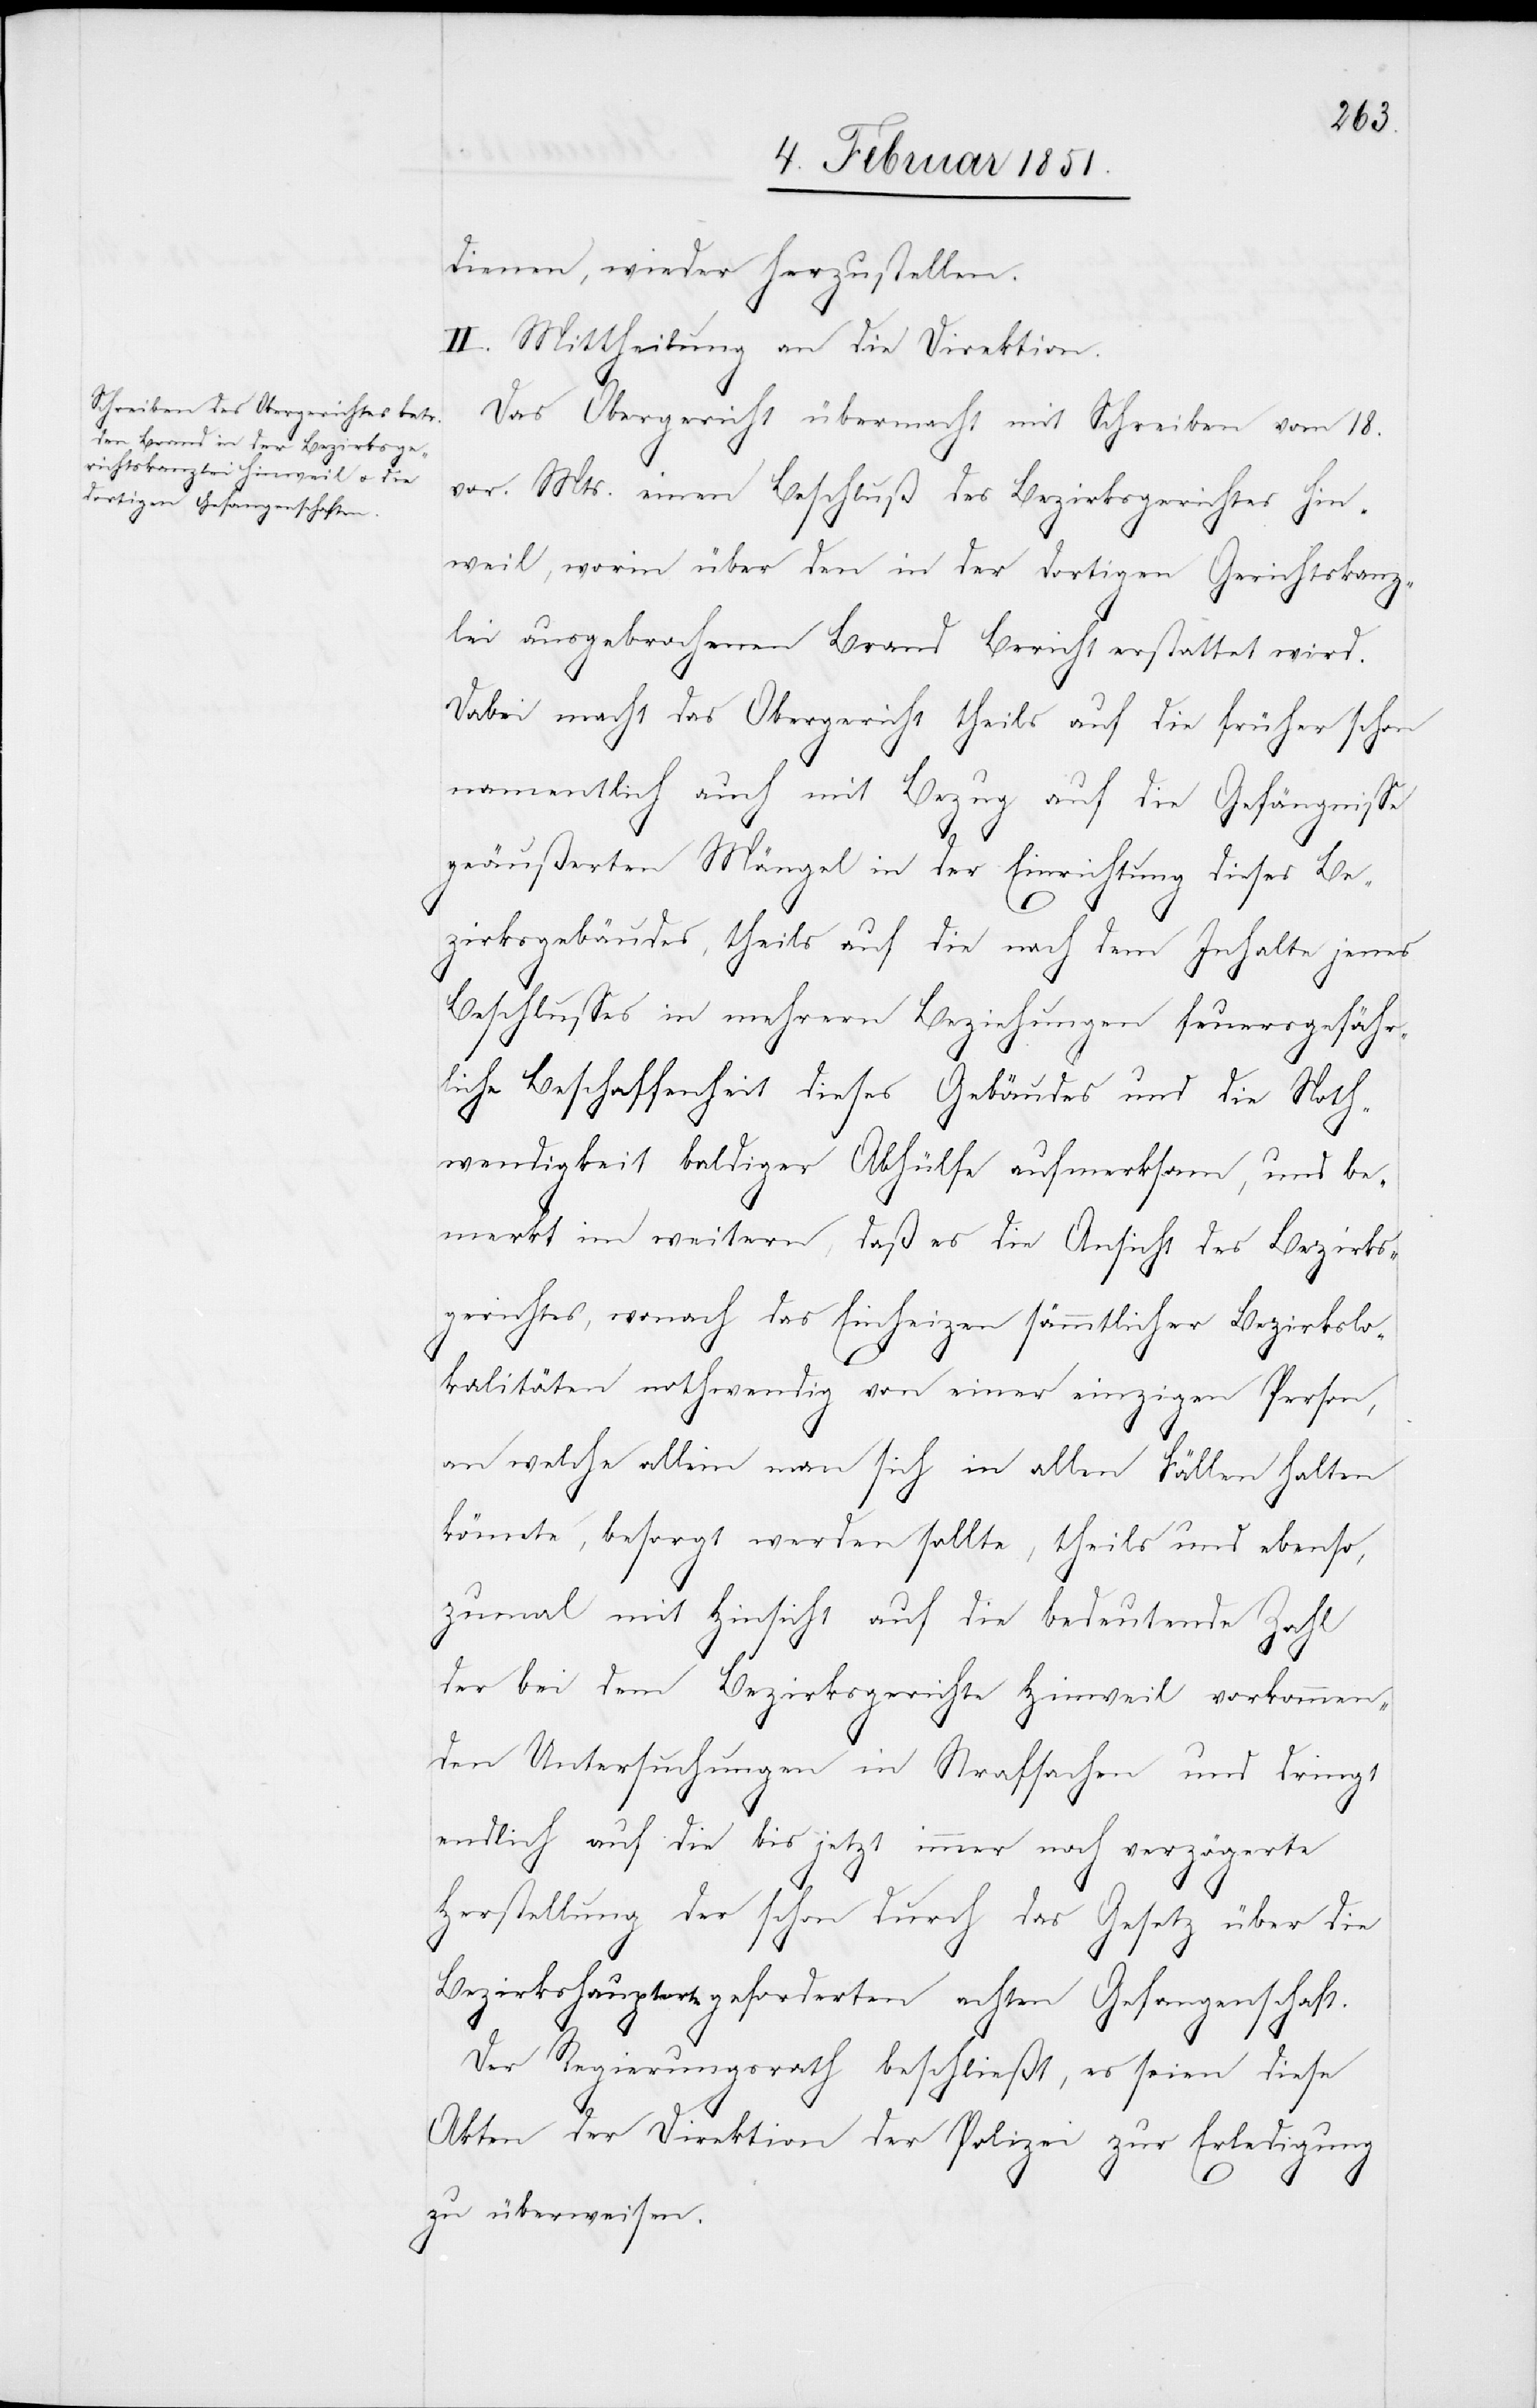
dienen, wieder herzustellen.
II. Mittheilung an die Direktion.
Das Obergericht übermacht mit Schreiben vom 18.
vor. Mts. einen Beschluß des Bezirksgerichtes Hin¬
weil, worin über den in der dortigen Gerichtskanz¬
lei ausgebrochenen Brand Bericht erstattet wird.
Dabei macht das Obergericht theils auf die früher schon
namentlich auch mit Bezug auf die Gefängnisse
geäußerten Mängel in der Einrichtung dieses Be¬
zirksgebäudes, theils auf die nach dem Inhalte jenes
Beschlusses in mehrern Beziehungen feuersgefähr¬
liche Beschaffenheit dieses Gebäudes und die Noth¬
wendigkeit baldiger Abhülfe aufmerksam, und be¬
merkt im weitern, daß es die Ansicht des Bezirks¬
gerichtes, wonach das Einheizen sämmtlicher Bezirkslo¬
kalitäten nothwendig von einer einzigen Person,
an welche allein man sich in allen Fällen halten
könnte, besorgt werden sollte, theils und ebenso,
zumal mit Hinsicht auf die bedeutende Zahl
der bei dem Bezirksgerichte Hinweil vorkommen¬
den Untersuchungen in Strafsachen und dringt
endlich auf die bis jetzt immer noch verzögerte
Herstellung der schon durch das Gesetz über die
Bezirkshauptorte geforderten achten Gefangenschaft.
Der Regierungsrath beschließt, es seien diese
Akten der Direktion der Polizei zur Erledigung
zu überweisen.